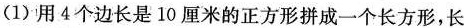
(1)用4个边长是10厘米的正方形拼成一个长方形，长